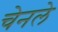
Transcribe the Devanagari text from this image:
चेनले